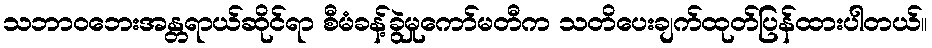
သဘာဝဘေးအန္တရာယ်ဆိုင်ရာ စီမံခန့်ခွဲမှုကော်မတီက သတိပေးချက်ထုတ်ပြန်ထားပါတယ်။